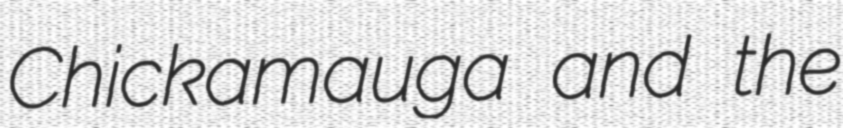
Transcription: Chickamauga and the